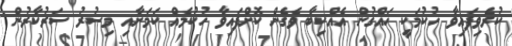
ކުރެވިފައިވާ ހުކުމަކީ ހައްގުން އެއްކިބާ ވެގެން ކޮށްފައިވާ ހުކުމެއް ކަމަށާއި މިސުރު ސަރުކާރުން